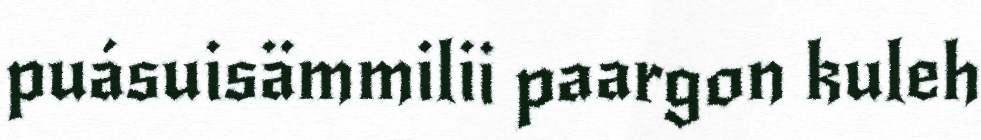
puásuisämmilii paargon kuleh